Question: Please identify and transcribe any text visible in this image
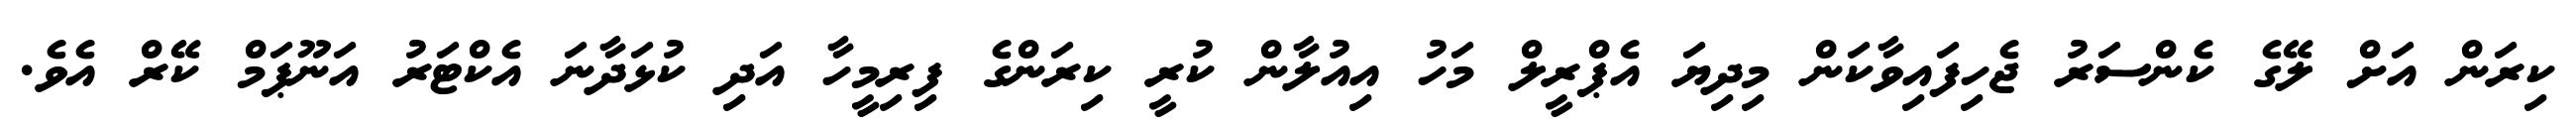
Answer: ކިރަން އަށް ލޭގެ ކެންސަރު ޖެހިފައިވާކަން މިދިޔަ އެޕްރީލް މަހު އިއުލާން ކުރީ ކިރަންގެ ފިރިމީހާ އަދި ކުޅަދާނަ އެކްޓަރު އަނޫޕަމް ކޭރް އެވެ.